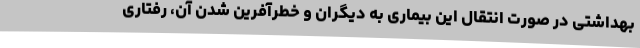
بهداشتی در صورت انتقال این بیماری به دیگران و خطرآفرین شدن آن، رفتاری